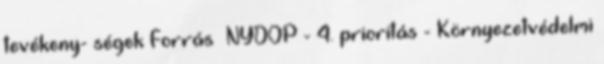
tevékeny- ségek Forrás ▪NYDOP - 4. prioritás - Környezetvédelmi